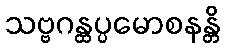
သဗ္ဗဂန္ထပ္ပမောစနန္တိ